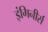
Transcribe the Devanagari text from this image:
इंगिनीर्स